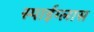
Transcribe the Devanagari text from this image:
स्पाईग्लास